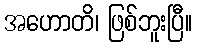
အဟောတိ၊ ဖြစ်ဘူးပြီ။